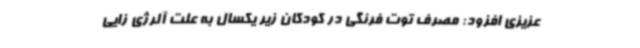
عزیزی افزود: مصرف توت فرنگی در کودکان زیر یکسال به علت آلرژی زایی